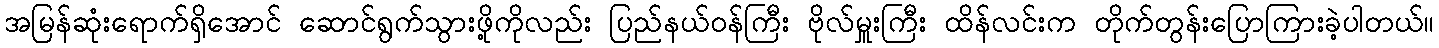
အမြန်ဆုံးရောက်ရှိအောင် ဆောင်ရွက်သွားဖို့ကိုလည်း ပြည်နယ်ဝန်ကြီး ဗိုလ်မှူးကြီး ထိန်လင်းက တိုက်တွန်းပြောကြားခဲ့ပါတယ်။